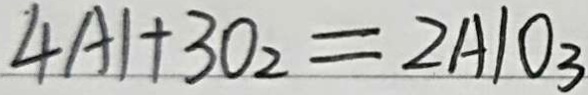
4 A l + 3 0 _ { 2 } = 2 A l O _ { 3 }